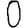
Digit: 0